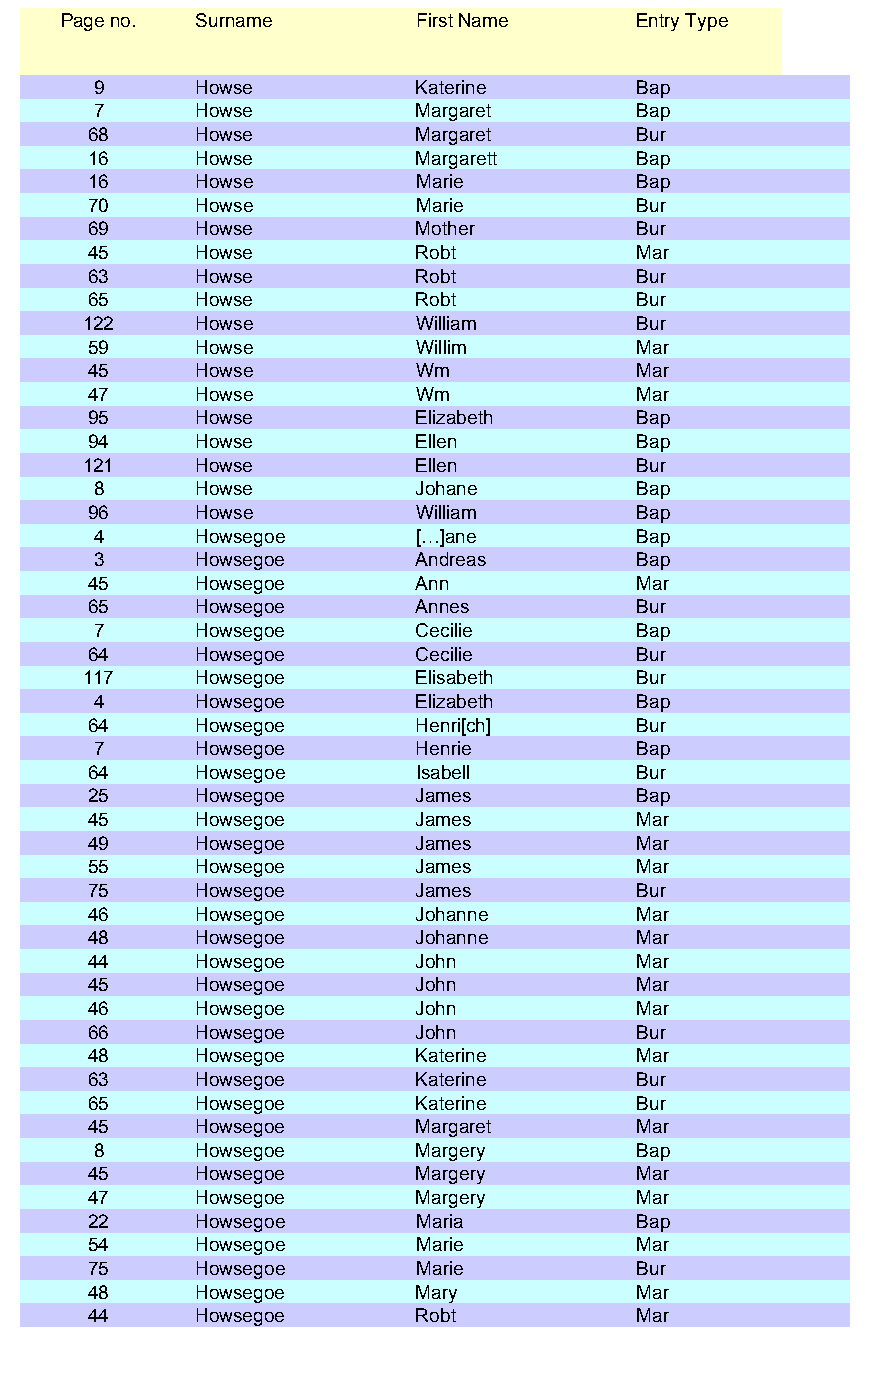
Page no. Surname        First Name    Entry Type
 9     Howse          Katerine      Bap
 7     Howse          Margaret      Bap
 68     Howse          Margaret      Bur
 16     Howse          Margarett     Bap
 16     Howse          Marie         Bap
 70     Howse          Marie         Bur
 69     Howse          Mother        Bur
 45     Howse          Robt          Mar
 63     Howse          Robt          Bur
 65     Howse          Robt          Bur
 122    Howse          William       Bur
 59     Howse          Willim        Mar
 45     Howse          Wm            Mar
 47     Howse          Wm            Mar
 95     Howse          Elizabeth     Bap
 94     Howse          Ellen         Bap
 121    Howse          Ellen         Bur
 8     Howse          Johane        Bap
 96     Howse          William       Bap
 4     Howsegoe       […]ane        Bap
 3     Howsegoe       Andreas       Bap
 45     Howsegoe       Ann           Mar
 65     Howsegoe       Annes         Bur
 7     Howsegoe       Cecilie       Bap
 64     Howsegoe       Cecilie       Bur
 117    Howsegoe       Elisabeth     Bur
 4     Howsegoe       Elizabeth     Bap
 64     Howsegoe       Henri[ch]     Bur
 7     Howsegoe       Henrie        Bap
 64     Howsegoe       Isabell       Bur
 25     Howsegoe       James         Bap
 45     Howsegoe       James         Mar
 49     Howsegoe       James         Mar
 55     Howsegoe       James         Mar
 75     Howsegoe       James         Bur
 46     Howsegoe       Johanne       Mar
 48     Howsegoe       Johanne       Mar
 44     Howsegoe       John          Mar
 45     Howsegoe       John          Mar
 46     Howsegoe       John          Mar
 66     Howsegoe       John          Bur
 48     Howsegoe       Katerine      Mar
 63     Howsegoe       Katerine      Bur
 65     Howsegoe       Katerine      Bur
 45     Howsegoe       Margaret      Mar
 8     Howsegoe       Margery       Bap
 45     Howsegoe       Margery       Mar
 47     Howsegoe       Margery       Mar
 22     Howsegoe       Maria         Bap
 54     Howsegoe       Marie         Mar
 75     Howsegoe       Marie         Bur
 48     Howsegoe       Mary          Mar
 44     Howsegoe       Robt          Mar